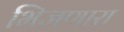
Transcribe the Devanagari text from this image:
भिजणारा